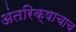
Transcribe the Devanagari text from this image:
अंतरिक्षाचाच